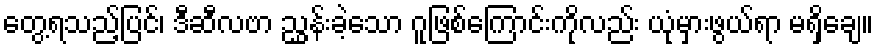
တွေ့ရသည့်ပြင်၊ ဒီဆီလဗာ ညွှန်းခဲ့သော ဂူဖြစ်ကြောင်းကိုလည်း ယုံမှားဖွယ်ရာ မရှိချေ။